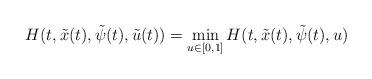
LaTeX: \begin{align*}H(t,\tilde{x}(t),\tilde{\psi}(t),\tilde{u}(t))=\min\limits_{u\in [0,1]}H(t,\tilde{x}(t),\tilde{\psi}(t),u)\end{align*}